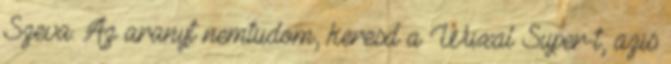
Szeva. Az aranyt nemtudom, keresd a Wuxal Super-t, azis